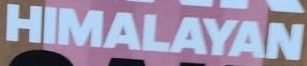
HIMALAYAN